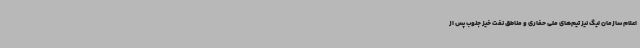
اعلام سازمان لیگ نیز تیم‌های ملی حفاری و مناطق نفت خیز جنوب پس از